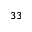
^ { 3 3 }